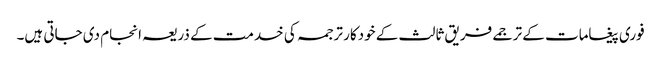
فوری پیغامات کے ترجمے فریق ثالث کے خودکار ترجمہ کی خدمت کے ذریعہ انجام دی جاتی ہیں۔